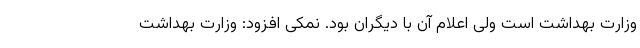
وزارت بهداشت است ولی اعلام آن با دیگران بود. نمکی افزود: وزارت بهداشت